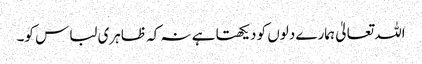
اللہ تعالیٰ ہمارے دلوں کو دیکھتا ہے نہ کہ ظاہری لباس کو۔